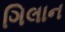
ગિલાન